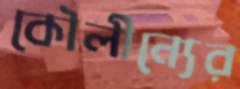
কৌলীন্যের